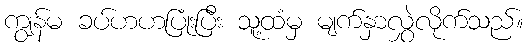
ကျွန်မ ခပ်ဟဟပြုံးပြီး သူ့ထံမှ မျက်နှာလွှဲလိုက်သည်။